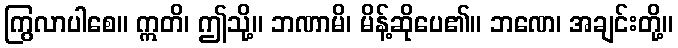
ကြွလာပါစေ။ ဣတိ၊ ဤသို့။ ဘဏာမိ၊ မိန့်ဆိုပေ၏။ ဘဏေ၊ အချင်းတို့။